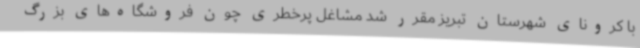
با کرونای شهرستان تبریز مقرر شد مشاغل پرخطری چون فروشگاه‌های بزرگ